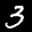
Label: 3